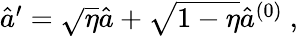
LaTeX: \begin{array}{r}{\hat{a}^{\prime}=\sqrt{\eta}\hat{a}+\sqrt{1-\eta}\hat{a}^{(0)}\ ,}\end{array}